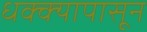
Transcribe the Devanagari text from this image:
धक्क्यापासून